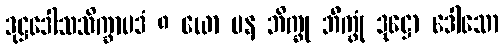
ဒုဋ္ဌဒေါသသိက္ခာပဒံ ၈ ယော ပန ဘိက္ခု ဘိက္ခုံ ဒုဋ္ဌော ဒေါသော